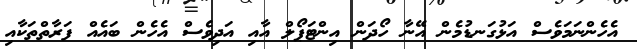
އެހެންނަމަވެސް އަޅުގަނޑުމެން އޭނާ ހޯދަން އިންޓަޕޯލް އާއި އަދިވެސް އެހެން ބައެއް ފަރާތްތަކާއި